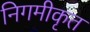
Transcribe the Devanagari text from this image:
निगमीकृत